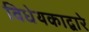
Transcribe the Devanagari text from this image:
विधेयकाद्वारे